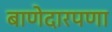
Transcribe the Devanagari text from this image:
बाणेदारपणा